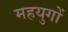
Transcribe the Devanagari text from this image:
महयुगों